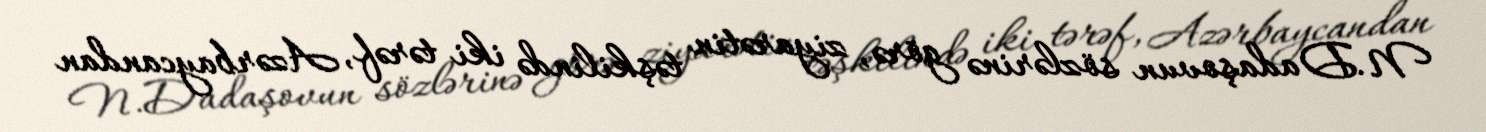
N.Dadaşovun sözlərinə görə, ziyarətin təşkilində iki tərəf, Azərbaycandan